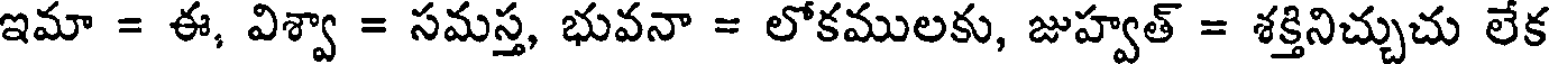
ఇమా = ఈ, విశ్వా = సమస్త, భువనా = లోకములకు, జుహ్వత్ = శక్తినిచ్చుచు లేక